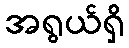
အရွယ်ရှိ